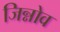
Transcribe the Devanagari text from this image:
जिन्नोव